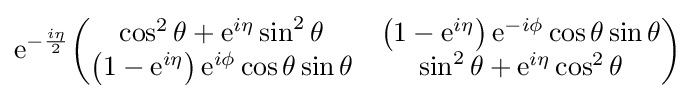
{\rm {e}}^{-{\frac {i\eta }{2}}}{\begin{pmatrix}\cos ^{2}\theta +{\rm {e}}^{i\eta }\sin ^{2}\theta &\left(1-{\rm {e}}^{i\eta }\right){\rm {e}}^{-i\phi }\cos \theta \sin \theta \\\left(1-{\rm {e}}^{i\eta }\right){\rm {e}}^{i\phi }\cos \theta \sin \theta &\sin ^{2}\theta +{\rm {e}}^{i\eta }\cos ^{2}\theta \end{pmatrix}}